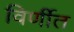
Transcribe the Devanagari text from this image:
विर्णीत